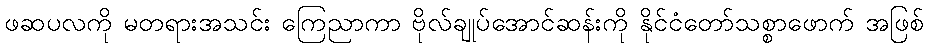
ဖဆပလကို မတရားအသင်း ကြေညာကာ ဗိုလ်ချုပ်အောင်ဆန်းကို နိုင်ငံတော်သစ္စာဖောက် အဖြစ်